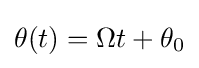
\theta (t)=\Omega t+\theta _{0}